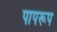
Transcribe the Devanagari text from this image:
पापरूप